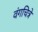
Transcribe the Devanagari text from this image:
वंगचित्रे